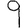
Digit: 9